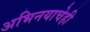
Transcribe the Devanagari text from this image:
अभिनयाचेही